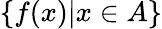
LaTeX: \{ f(x)|x\in A\}